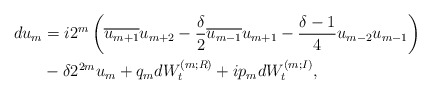
\begin{align*}\begin{aligned}d u_m &= i2^m\left(\overline{u_{m+1}}u_{m+2} - \frac{\delta}{2} \overline{u_{m-1}}u_{m+1} - \frac{\delta -1}{4} u_{m-2}u_{m-1}\right) \\ & - \delta 2^{2m} u_m + q_m dW_t^{(m;R)} + ip_m dW_t^{(m;I)},\end{aligned}\end{align*}